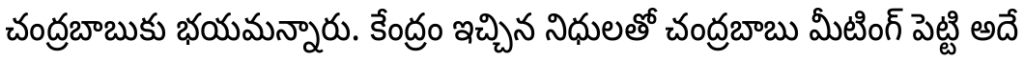
చంద్రబాబుకు భయమన్నారు. కేంద్రం ఇచ్చిన నిధులతో చంద్రబాబు మీటింగ్ పెట్టి అదే